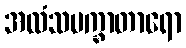
အလံသမက္ခာတာရော